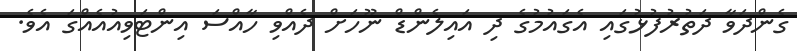
ގެންދަވާ ދަތުރުފުޅުގައި އެގައުމުގެ ދި އައިލެންޑް ނޫހަށް ދެއްވި ހާއްސަ އިންޓަވިއުއެއްގަ އެވެ.